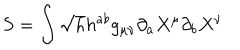
LaTeX: S = \int \sqrt { h } h ^ { a b } g _ { \mu \nu } \partial _ { a } X ^ { \mu } \partial _ { b } X ^ { \nu }